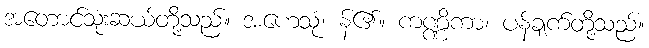
အတောင်သုံးဆယ်တို့သည်။ အဟေသုံ၊ န်၏။ ကဏ္ဏိကာ၊ ပန်ချက်တို့သည်။